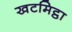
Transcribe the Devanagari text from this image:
खटमिट्ठा